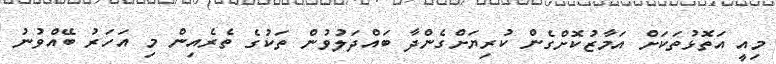
މިއީ އަތޮޅުތަކަށް އަމާޒުކޮށްގެން ކުރިޔަށްގެންދާ ބައްދަލުވުން ތަކުގެ ތެރެއިން މި އަހަރު ބޭއްވުނު